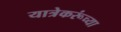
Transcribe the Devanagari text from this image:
यात्रेकरूंच्या